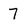
Character: 7